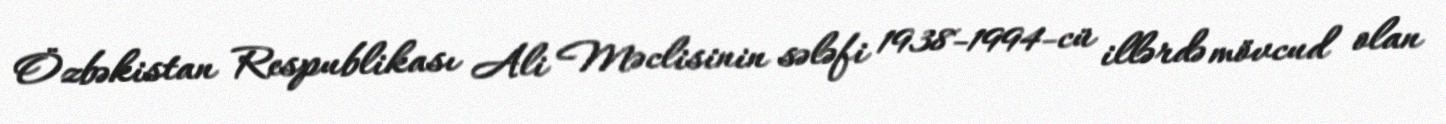
Özbəkistan Respublikası Ali Məclisinin sələfi 1938-1994-cü illərdə mövcud olan